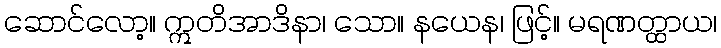
ဆောင်လော့။ ဣတိအာဒိနာ၊ သော။ နယေန၊ ဖြင့်။ မရဏတ္ထာယ၊